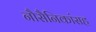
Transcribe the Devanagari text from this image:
नौसैनिकांसह